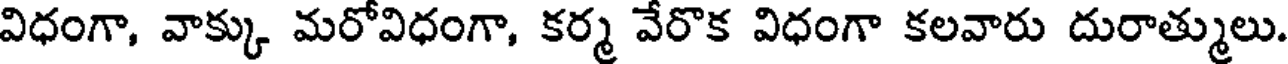
విధంగా, వాక్కు మరోవిధంగా, కర్మ వేరొక విధంగా కలవారు దురాత్ములు.